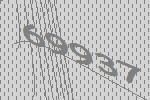
69937